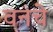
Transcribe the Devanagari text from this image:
वनचे